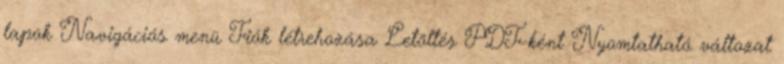
lapok Navigációs menü Fiók létrehozása Letöltés PDF-ként Nyomtatható változat